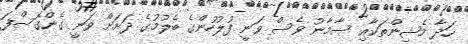
ހަދާ މެޝިންތަކާއި ސާމާނު ވެސް ވަނީ ފުލުހުންގެ ބެލުމުގެ ދަށަށް ވަނީ ގެންގޮސްފަ